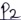
Text: P2